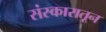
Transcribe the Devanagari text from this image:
संस्कारातून